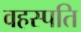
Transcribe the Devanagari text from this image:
वहस्पति